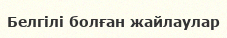
Белгілі болған жайлаулар